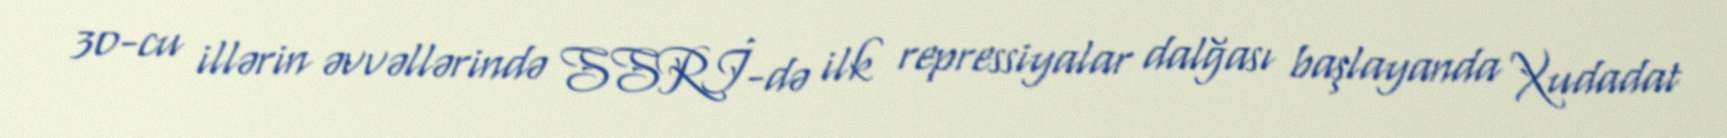
30-cu illərin əvvəllərində SSRİ-də ilk repressiyalar dalğası başlayanda Xudadat